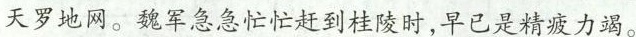
天罗地网。魏军急急忙忙赶到桂陵时，早已是精疲力竭。